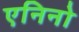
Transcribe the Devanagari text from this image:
एनिनो